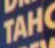
TAHC